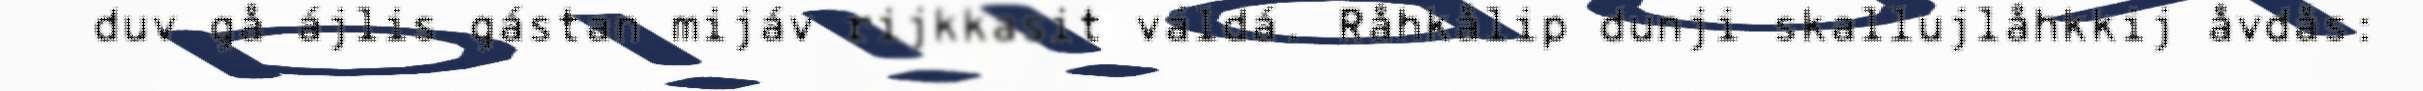
duv gå ájlis gástan mijáv rijkkasit váldá. Råhkålip dunji skallujlåhkkij åvdås: